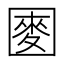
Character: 𫭑